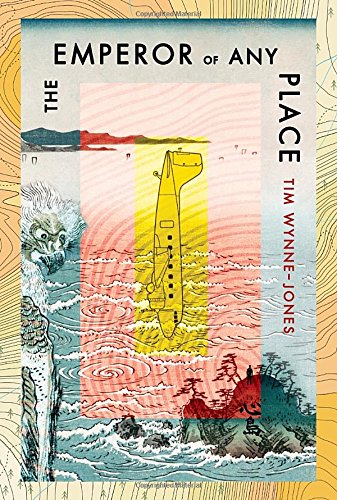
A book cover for The Emperor of Any Place; Tim Wynne-Jones; Teen & Young Adult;